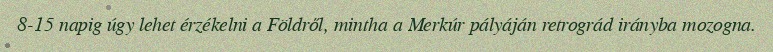
8-15 napig úgy lehet érzékelni a Földről, mintha a Merkúr pályáján retrográd irányba mozogna.